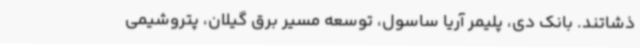
ذشاتند. بانک دی، پلیمر آریا ساسول، توسعه مسیر برق گیلان، پتروشیمی